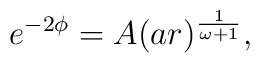
e^{-2\phi}= A (ar)^{\frac{1}{\omega+1}},